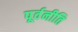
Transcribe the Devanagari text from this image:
पूर्वनीति